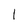
Character: l